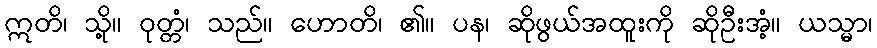
ဣတိ၊ သို့။ ဝုတ္တံ၊ သည်။ ဟောတိ၊ ၏။ ပန၊ ဆိုဖွယ်အထူးကို ဆိုဦးအံ့။ ယသ္မာ၊